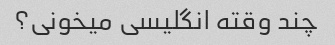
چند وقته انگلیسی میخونی؟